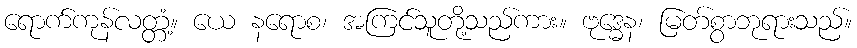
ရောက်ကုန်လတ္တံ့။ ယေ နရောစ၊ အကြင်သူတို့သည်ကား။ ဗုဒ္ဓေန၊ မြတ်စွာဘုရားသည်။